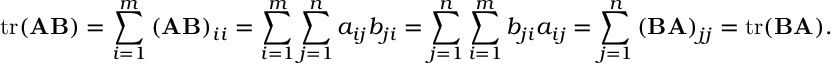
\operatorname { t r } ( \mathbf { A } \mathbf { B } ) = \sum _ { i = 1 } ^ { m } \left( \mathbf { A } \mathbf { B } \right) _ { i i } = \sum _ { i = 1 } ^ { m } \sum _ { j = 1 } ^ { n } a _ { i j } b _ { j i } = \sum _ { j = 1 } ^ { n } \sum _ { i = 1 } ^ { m } b _ { j i } a _ { i j } = \sum _ { j = 1 } ^ { n } \left( \mathbf { B } \mathbf { A } \right) _ { j j } = \operatorname { t r } ( \mathbf { B } \mathbf { A } ) .